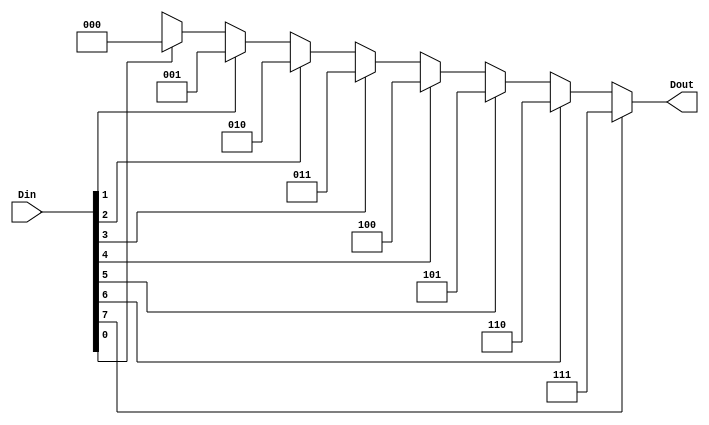
`timescale 1ns/1ps
module primary83coder (
    Din, Dout
);
    input [7:0] Din;
    output [2:0] Dout;


    assign Dout = (Din[7] == 1'b1)? 3'b111 : (Din[6] == 1'b1)? 3'b110 : (Din[5] == 1'b1)? 3'b101 : (Din[4] == 1'b1)? 3'b100 : (Din[3] == 1'b1)? 3'b011 : (Din[2] == 1'b1)? 3'b010 : (Din[1] == 1'b1)? 3'b001 : (Din[0] == 1'b1)? 3'b000 : 3'bxxx;
//    always @(*) begin
//        case (Din)
//           8'b1xxx_xxxx : Dout = 3'b111;    
//           8'b01xx_xxxx : Dout = 3'b110;    
//           8'b001x_xxxx : Dout = 3'b101;    
//           8'b0001_xxxx : Dout = 3'b100;    
//           8'b0000_1xxx : Dout = 3'b011;    
//           8'b0000_01xx : Dout = 3'b010;    
//           8'b0000_001x : Dout = 3'b001;    
//           8'b0000_0001 : Dout = 3'b000;    
//            default: Dout = 3'bxxx;
//        endcase
//    end
endmodule